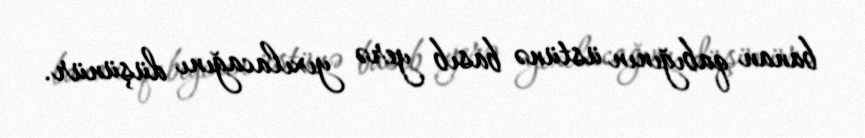
banan qabığının üstünə basıb yerə yıxılacağını düşünür.